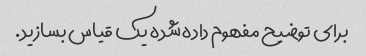
برای توضیح مفهوم داده شده یک قیاس بسازید.